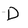
Character: D